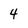
Character: 4